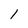
Character: 1